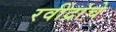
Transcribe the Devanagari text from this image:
रवींद्रांचे